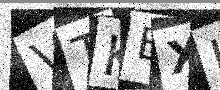
Text: VTKEXH